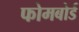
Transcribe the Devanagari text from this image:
फोमबोर्ड